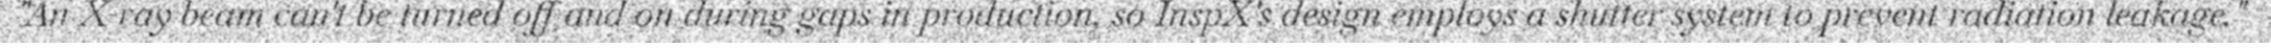
"An X-ray beam can't be turned off and on during gaps in production, so InspX's design employs a shutter system to prevent radiation leakage."